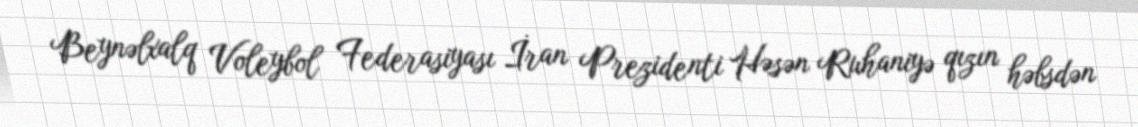
Beynəlxalq Voleybol Federasiyası İran Prezidenti Həsən Ruhaniyə qızın həbsdən